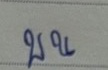
บน